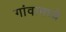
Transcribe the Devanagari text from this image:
गांवामध्ये